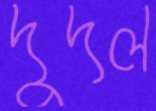
দুদল